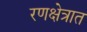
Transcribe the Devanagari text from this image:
रणक्षेत्रात